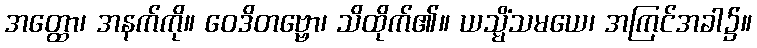
အတ္ထော၊ အနက်ကို။ ဝေဒိတဗ္ဗော၊ သိထိုက်၏။ ယသ္မိံသမယေ၊ အကြင်အခါ၌။